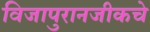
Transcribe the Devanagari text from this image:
विजापुरानजीकचे